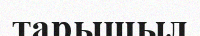
тарышыл